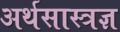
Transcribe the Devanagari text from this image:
अर्थसास्त्रज्ञ